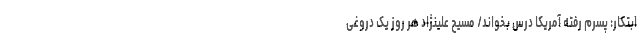
ابتکار: پسرم رفته آمریکا درس بخواند/ مسیح علینژاد هر روز یک دروغی